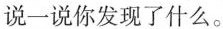
说一说你发现了什么。